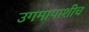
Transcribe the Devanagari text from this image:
उगमापाशीच